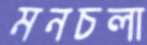
মনচলা